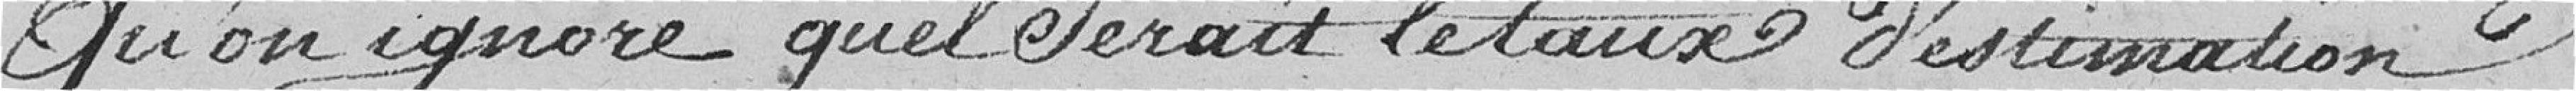
qu'on ignore quel serai le taux d'estimation